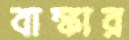
বাঙ্কার